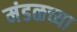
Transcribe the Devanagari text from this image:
मंडळच्या